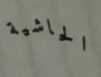
الحاشية